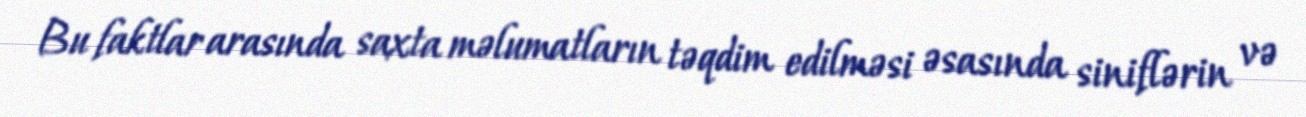
Bu faktlar arasında saxta məlumatların təqdim edilməsi əsasında siniflərin və